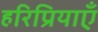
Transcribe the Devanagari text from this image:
हरिप्रियाएँ